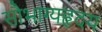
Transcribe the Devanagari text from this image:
सौभाग्यहृदय